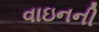
વાઇનની